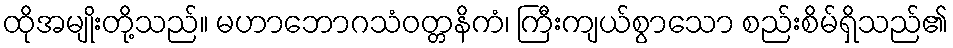
ထိုအမျိုးတို့သည်။ မဟာဘောဂသံဝတ္တနိကံ၊ ကြီးကျယ်စွာသော စည်းစိမ်ရှိသည်၏